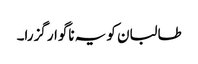
طالبان کو یہ ناگوار گزرا۔